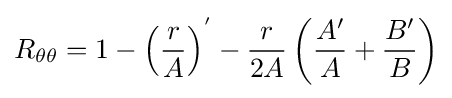
R_{\theta \theta }=1-\left({\frac {r}{A}}\right)^{'}-{\frac {r}{2A}}\left({\frac {A'}{A}}+{\frac {B'}{B}}\right)